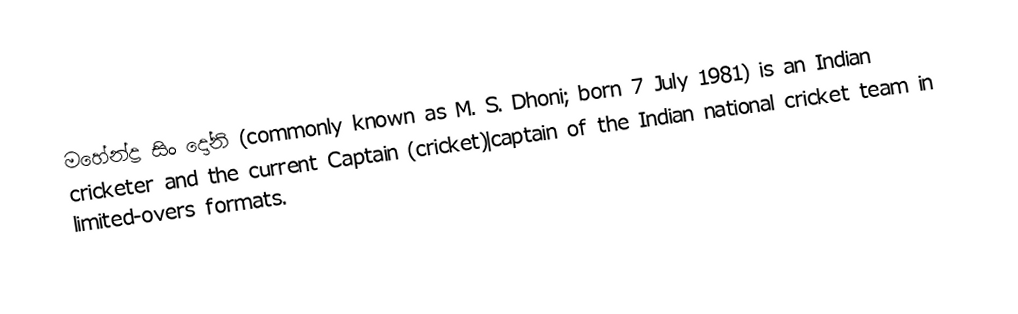
මහේන්ද්‍ර සිං දෝනි (commonly known as M. S. Dhoni; born 7 July 1981) is an Indian cricketer and the current Captain (cricket)|captain of the Indian national cricket team in limited-overs formats.